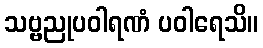
သဗ္ဗညုပဝါရဏံ ပဝါရေသိ။